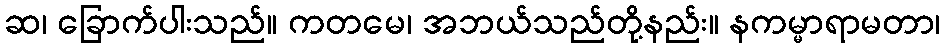
ဆ၊ ခြောက်ပါးသည်။ ကတမေ၊ အဘယ်သည်တို့နည်း။ နကမ္မာရာမတာ၊